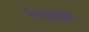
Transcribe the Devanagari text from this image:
नेताविहीन